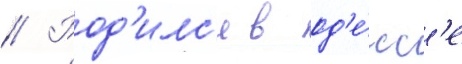
// Род'илс'я в од'е́сс'е